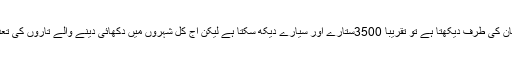
تاریک رات میں جب کوئی آسمان کی طرف دیکھتا ہے تو تقریباً 3500ستارے اور سیارے دیکھ سکتا ہے لیکن آج کل شہروں میں دکھائی دینے والے تاروں کی تعداد درجنوں میں سمٹ گئی ہے ۔